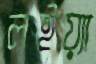
লইয়্যা